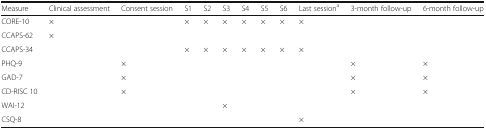
<table><thead><tr><td><b>Measure</b></td><td><b>Clinical assessment</b></td><td><b>Consent session</b></td><td><b>S1</b></td><td><b>S2</b></td><td><b>S3</b></td><td><b>S4</b></td><td><b>S5</b></td><td><b>S6</b></td><td><b>Last session<sup>a</sup></b></td><td><b>3-month follow-up</b></td><td><b>6-month follow-up</b></td></tr></thead><tbody><tr><td>CORE-10</td><td>×</td><td></td><td>×</td><td>×</td><td>×</td><td>×</td><td>×</td><td>×</td><td>×</td><td></td><td></td></tr><tr><td>CCAPS-62</td><td>×</td><td></td><td></td><td></td><td></td><td></td><td></td><td></td><td></td><td></td><td></td></tr><tr><td>CCAPS-34</td><td></td><td></td><td>×</td><td>×</td><td>×</td><td>×</td><td>×</td><td>×</td><td>×</td><td></td><td></td></tr><tr><td>PHQ-9</td><td></td><td>×</td><td></td><td></td><td></td><td></td><td></td><td></td><td></td><td>×</td><td>×</td></tr><tr><td>GAD-7</td><td></td><td>×</td><td></td><td></td><td></td><td></td><td></td><td></td><td></td><td>×</td><td>×</td></tr><tr><td>CD-RISC 10</td><td></td><td>×</td><td></td><td></td><td></td><td></td><td></td><td></td><td></td><td>×</td><td>×</td></tr><tr><td>WAI-12</td><td></td><td></td><td></td><td></td><td>×</td><td></td><td></td><td></td><td></td><td></td><td></td></tr><tr><td>CSQ-8</td><td></td><td></td><td></td><td></td><td></td><td></td><td></td><td></td><td>×</td><td></td><td></td></tr></tbody></table>